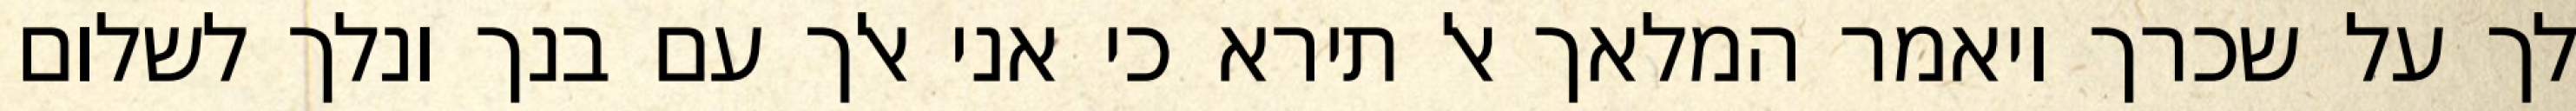
לך על שכרך ויאמר המלאך אל תירא כי אני אלך עם בנך ונלך לשלום